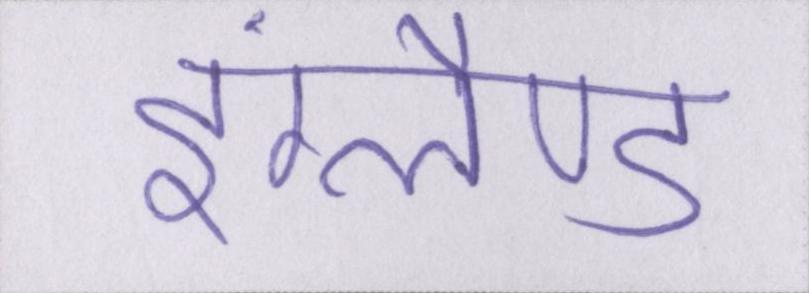
इंग्लैण्ड